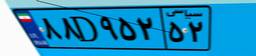
۸۸D۹۵۲۵۲